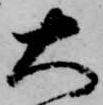
大